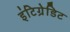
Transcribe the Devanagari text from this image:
इंटिग्रेडिट